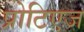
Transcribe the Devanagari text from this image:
प्रोटिएज